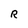
Character: R